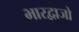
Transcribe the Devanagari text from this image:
भारद्वाजो